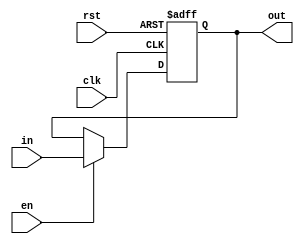
`timescale 1ns / 1ps
//////////////////////////////////////////////////////////////////////////////////
// Company: 
// Engineer: 
// 
// Design Name: 
// Module Name: nbit_register
// Project Name: 
// Target Devices: 
// Tool Versions: 
// Description: 
// 
// Dependencies: 
// 
// Revision:
// Revision 0.01 - File Created
// Additional Comments:
// 
//////////////////////////////////////////////////////////////////////////////////


module nbit_register #(parameter SIZE = 8)
(
    input clk,
    input [SIZE-1:0] in,
    input en,
    input rst,
    output reg [SIZE-1:0] out
);
    
    always@(posedge clk or posedge rst)
	begin
		if(rst)
	 	  out <= 0;
		else if (en)
		  out <= in;
	end

endmodule